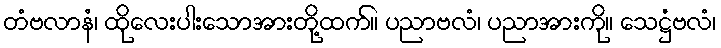
တံဗလာနံ၊ ထိုလေးပါးသောအားတို့ထက်။ ပညာဗလံ၊ ပညာအားကို။ သေဋ္ဌံဗလံ၊